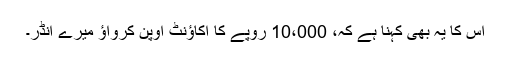
اس کا یہ بھی کہنا ہے کہ، 10،000 روپے کا اکاؤنٹ اوپن کرواؤ میرے انڈر۔